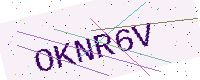
Text: OKNR6V